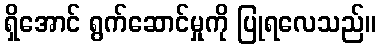
ရှိအောင် ရွက်ဆောင်မှုကို ပြုရလေသည်။